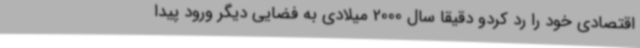
اقتصادی خود را رد کردو دقیقا سال 2000 میلادی به فضایی دیگر ورود پیدا